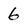
Character: 6